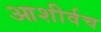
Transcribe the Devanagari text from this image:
आशीर्वच